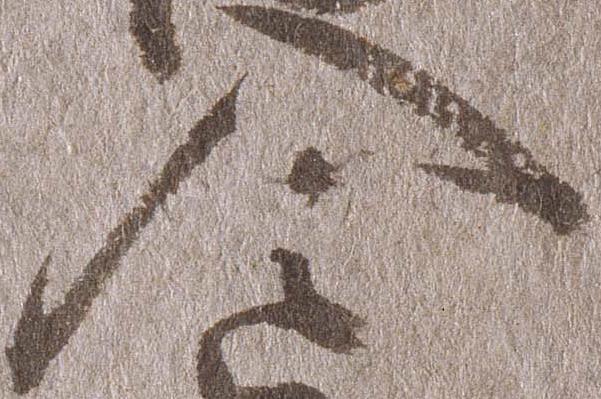
入